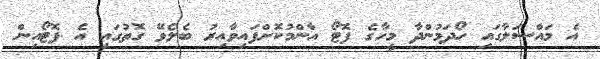
އެ މައްސަލާގައި ހޯދަމުންދާ މީހާގެ ފޮޓޯ އާންމުކޮށްފައިވާއިރު ބެލެވޭ ގޮތުގައި އެ ފޮޓޯއިން